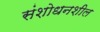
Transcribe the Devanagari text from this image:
संशोधनशील